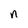
Character: n